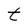
Character: t